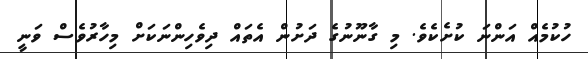
ހުކުމެއް އަންނަ ކުށެކެވެ. މި ގާނޫނުގެ ދަށުން އެތައް ދިވެހިންނަކަށް މިހާރުވެސް ވަނީ